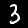
Label: 3